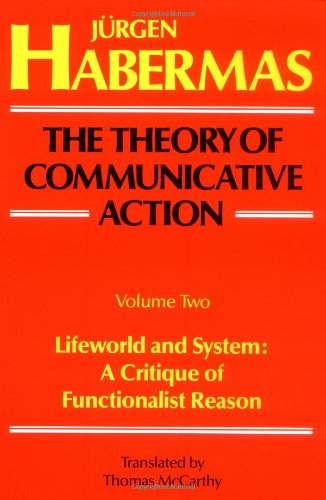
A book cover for The Theory of Communicative Action, Volume 2: Lifeworld and System: A Critique of Functionalist Reason; JÃ¼rgen Habermas; Politics & Social Sciences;